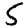
Digit: 5